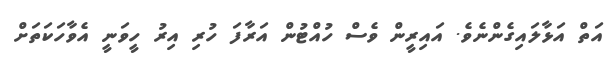
އަތް އަޅާލައިގެންނެވެ. އައިރީން ވެސް ހުއްޓުން އަރާފަ ހުރި އިރު ހީވަނީ އެވާހަކަތަށް